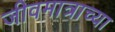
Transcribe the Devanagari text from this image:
जीवमात्राच्या